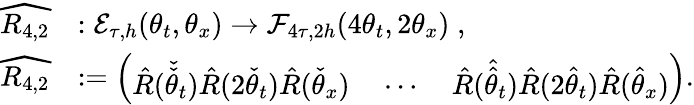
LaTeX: \begin{array}{rl}{\widehat{R_{4,2}}}&{:\mathcal{E}_{\tau,h}(\theta_{t},\theta_{x})\to\mathcal{F}_{4\tau,2h}(4\theta_{t},2\theta_{x})\; ,}\\ {\widehat{R_{4,2}}}&{:=\left(\begin{array}{lll}{\hat{R}(\check{\check{\theta}}_{t})\hat{R}(2\check{\theta}_{t})\hat{R}(\check{\theta}_{x})}&{\: \cdots\: }&{\hat{R}(\hat{\hat{\theta}}_{t})\hat{R}(2\hat{\theta}_{t})\hat{R}(\hat{\theta}_{x})}\end{array}\right).}\end{array}